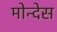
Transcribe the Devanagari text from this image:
मोन्देस